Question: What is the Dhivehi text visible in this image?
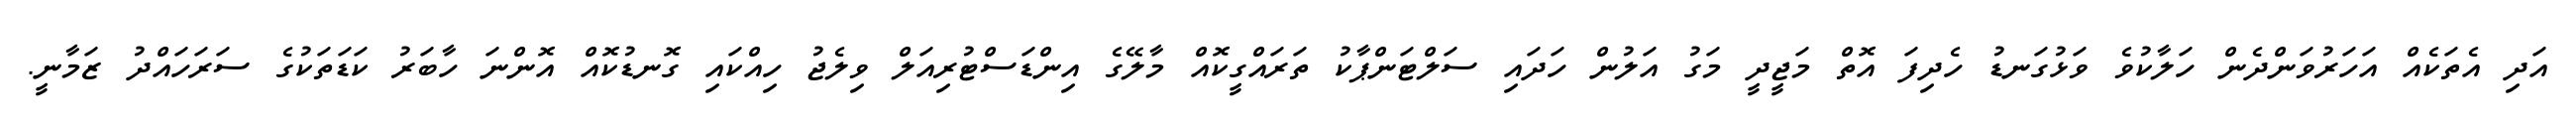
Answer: އަދި އެތަކެއް އަހަރުވަންދެން ހަލާކުވެ ވަޅުގަނޑު ހެދިފަ އޮތް މަޖީދީ މަގު އަލުން ހަދައި ސަލްޓަންޕާކު ތަރައްގީކޮއް މާލޭގެ އިންޑަސްޓުރިއަލް ވިލެޖު ހިއްކައި ގޮނޑުކޮއް އޮންނަ ހާބަރު ކަޑަތަކުގެ ސަރަހައްދު ޒަމާނީ.